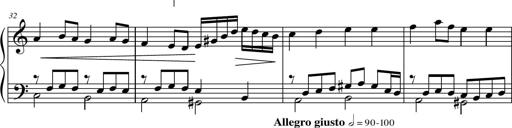
Title: Suite in the Old Style
Composer: Tyler Versluis